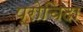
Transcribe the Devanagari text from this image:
प्रोचिदा